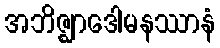
အဘိဇ္ဈာဒေါမနဿာနံ